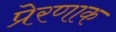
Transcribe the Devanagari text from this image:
प्रेरणाक